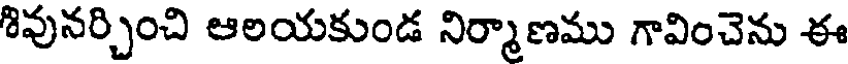
శివునర్చించి ఆలయకుండ నిర్మాణము గావించెను ఈ